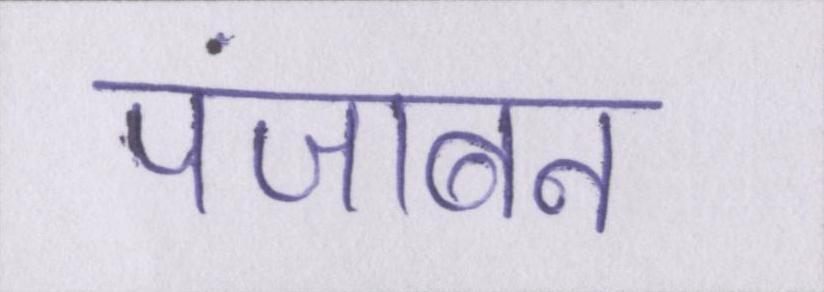
पंजाबन